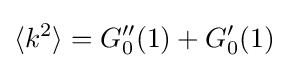
{\langle k^{2}\rangle }=G''_{0}(1)+G'_{0}(1)